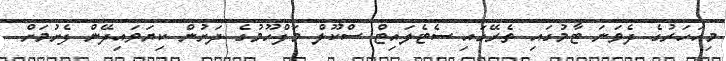
މިއަހަރުގެ ދެވަނަ ޓާމުގައި ތެރޭގައި ސެޓެލައިޓް ސްކޫލް މަފްހޫމުގެ ދަށުން ކިޔަވައިދޭން ފެށުމަށް